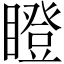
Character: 瞪